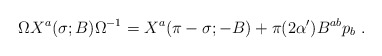
\begin{align*}\Omega X^a(\sigma; B)\Omega^{-1} = X^a(\pi- \sigma; -B)+\pi(2\alpha^\prime) B^{ab} p_b\ .\end{align*}